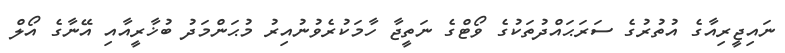
ނައިޖީރިއާގެ އުތުރުގެ ސަރަޙައްދުތަކުގެ ވޯޓްގެ ނަތީޖާ ހާމަކުރެވުނުއިރު މުޙަންމަދު ބުޚާރީއާއި އޭނާގެ އޯލް